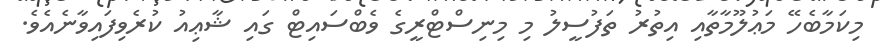
މިކަމާބެހޭ މަޢުލޫމާތާއި އިތުރު ތަފުސީލު މި މިނިސްޓްރީގެ ވެބްސައިޓް ގައި ޝާޢިއު ކުރެވިފައިވާނެއެވެ.